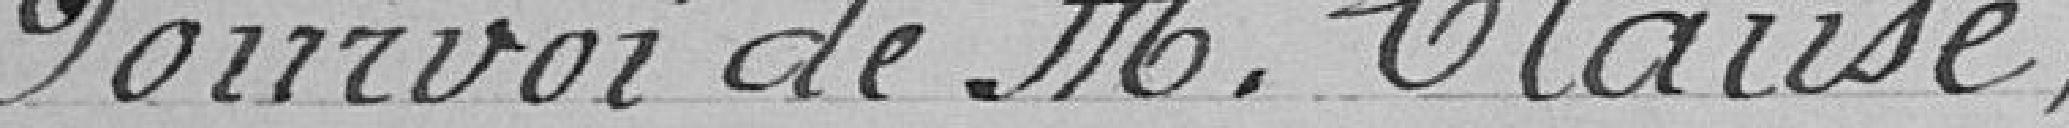
Pourvoi de Monsieur Clause